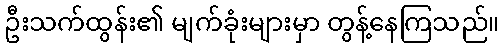
ဦးသက်ထွန်း၏ မျက်ခုံးများမှာ တွန့်နေကြသည်။